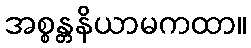
အစ္စန္တနိယာမကထာ။